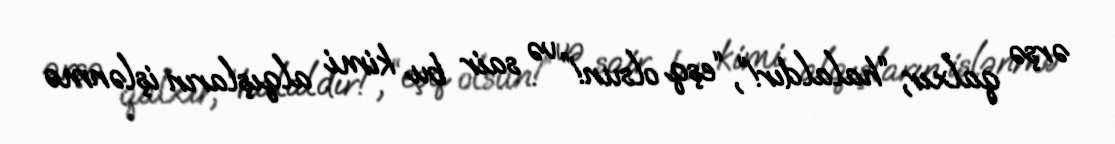
ərşə qalxır, “halaldır!”, “eşq olsun!” və sair bu kimi alqışların işlənmə